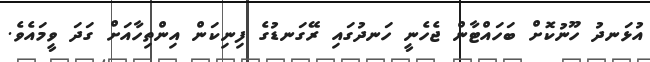
އުޅަނދު ހޫނުކޮށް ބަހައްޓާން ޖެހެނީ ހަނދުގައި ރޭގަނޑުގެ ފިނިކަން އިންތިހާއަށް ގަދަ ވީމައެވެ.